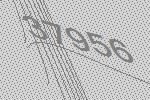
37956